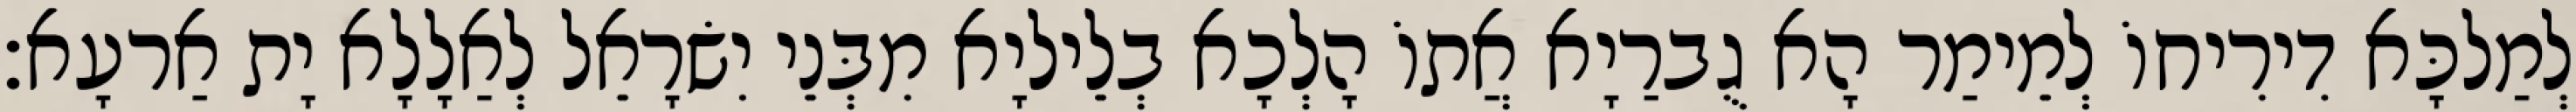
לְמַלכָּא דִירִיחוֹ לְמֵימַר הָא גֻברַיָא אֲתוֹ הָלְכָא בְלֵיליָא מִבְּנֵי יִשׂרָאֵל לְאַלָלָא יָת אַרעָא׃